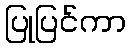
ပြုပြင်ကာ